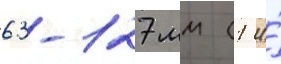
63-127 мм (1 и́